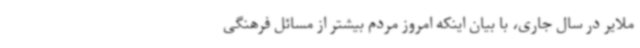
ملایر در سال جاری، با بیان اینکه امروز مردم بیشتر از مسائل فرهنگی